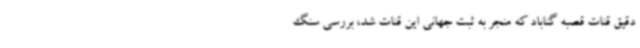
دقیق قنات قصبه گناباد که منجر به ثبت جهانی این قنات شد، بررسی سنگ